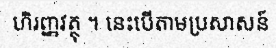
ហិរញ្ញវត្ថុ ។ នេះបើតាមប្រសាសន៍